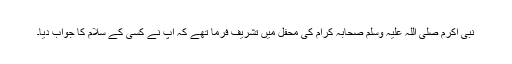
نبی اکرم صلی اللہ علیہ وسلم صحابہ کرامؓ کی محفل میں تشریف فرما تھے کہ آپؐ نے کسی کے سلام کا جواب دیا۔